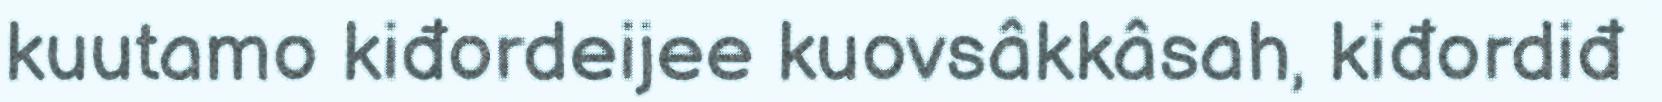
kuutamo kiđordeijee kuovsâkkâsah, kiđordiđ